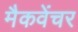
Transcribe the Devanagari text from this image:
मैकवेंचर